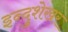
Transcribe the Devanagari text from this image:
इन्दुशेखर